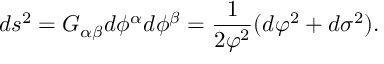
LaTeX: d s ^ { 2 } = { \cal G } _ { \alpha \beta } d \phi ^ { \alpha } d \phi ^ { \beta } = \frac { 1 } { 2 \varphi ^ { 2 } } ( d \varphi ^ { 2 } + d \sigma ^ { 2 } ) .